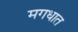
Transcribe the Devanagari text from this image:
मगधात